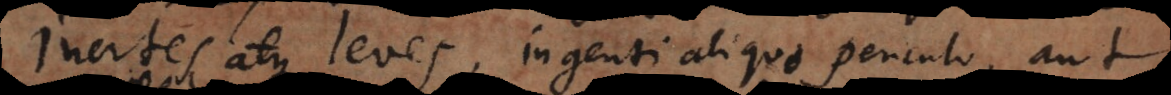
Inertes atque leves, ingenti aliquo periculo, aut